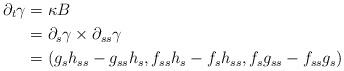
LaTeX: \begin{align*}\partial_{t}\gamma&= \kappa B\\&= \partial_{s}\gamma\times\partial_{ss}\gamma \\&= ( g_{s}h_{ss}-g_{ss}h_{s},f_{ss}h_{s}-f_{s}h_{ss}, f_{s}g_{ss}-f_{ss}g_{s})\end{align*}